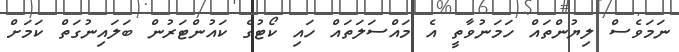
ނަމަވެސް ލިޔުންތައް ހަމަނުވާތީ އެ މައްސަލަތައް ހައި ކޯޓުގެ ކައުންޓަރުން ބަލައިނުގަތް ކަމަށް